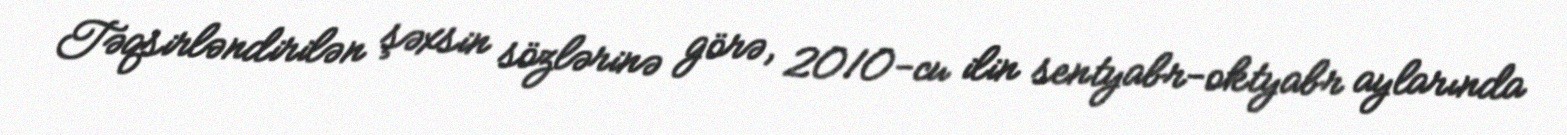
Təqsirləndirilən şəxsin sözlərinə görə, 2010-cu ilin sentyabr-oktyabr aylarında